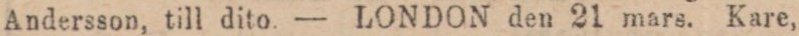
Andersson, till dito. — LONDON den 21 mars. Kare,